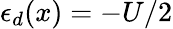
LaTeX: \epsilon_{d}(x)=-U/2